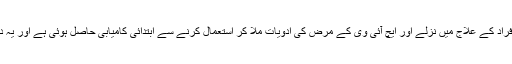
تھائی لینڈ میں ڈاکٹروں کا کہنا ہے کہ کورونا وائرس سے متاثرہ شدید بیمار افراد کے علاج میں نزلے اور ایچ آئی وی کے مرض کی ادویات ملا کر استعمال کرنے سے ابتدائی کامیابی حاصل ہوئی ہے اور یہ دوا دیے جانے کے 48 گھنٹے بعد بہت حوصلہ افزا نتائج حاصل ہو رہے ہیں۔